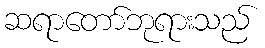
ဆရာတော်ဘုရားသည်